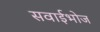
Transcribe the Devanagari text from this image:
सवाईभोज